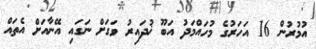
އުމުރުން 16 އަހަރުގެ މުހައްމަދު އަބޫ ޚުދައިރު ވަގަށް ނަގައި އޭނާއަށް އެތައް